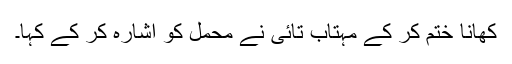
کھانا ختم کر کے مہتاب تائی نے محمل کو اشارہ کر کے کہا۔